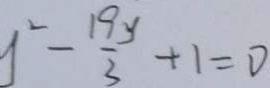
y ^ { 2 } - \frac { 1 9 y } { 3 } + 1 = 0